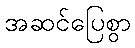
အဆင်ပြေစွာ